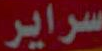
سراير